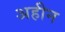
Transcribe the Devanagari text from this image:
अहीन